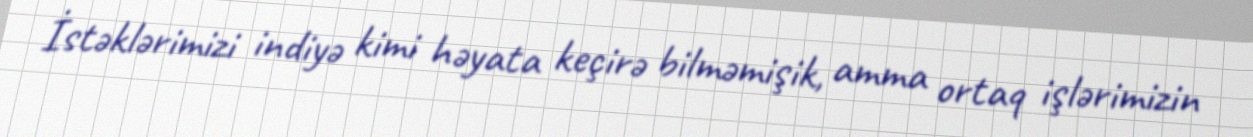
İstəklərimizi indiyə kimi həyata keçirə bilməmişik, amma ortaq işlərimizin